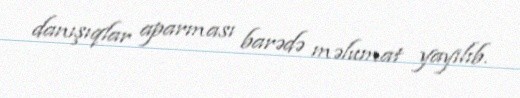
danışıqlar aparması barədə məlumat yayılıb.